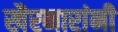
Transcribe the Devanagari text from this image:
खैरनारांनी